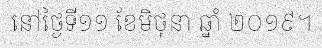
នៅថ្ងៃទី១១ ខែមិថុនា ឆ្នាំ ២០១៩។